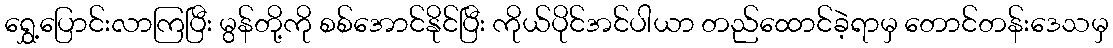
ရွှေ့ပြောင်းလာကြပြီး မွန်တို့ကို စစ်အောင်နိုင်ပြီး ကိုယ်ပိုင်အင်ပါယာ တည်ထောင်ခဲ့ရာမှ တောင်တန်းဒေသမှ